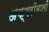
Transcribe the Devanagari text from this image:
अक्षरोंवाली